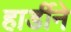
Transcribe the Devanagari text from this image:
हार्डीने